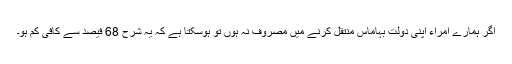
اگر ہمارے امراء اپنی دولت بہاماس منتقل کرنے میں مصروف نہ ہوں تو ہوسکتا ہے کہ یہ شرح 68 فیصد سے کافی کم ہو۔